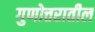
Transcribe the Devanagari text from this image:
गुणोत्तरातील